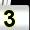
Digit: 3